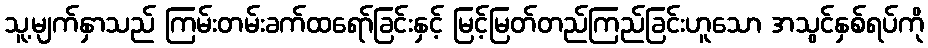
သူ့မျက်နှာသည် ကြမ်းတမ်းခက်ထရော်ခြင်းနှင့် မြင့်မြတ်တည်ကြည်ခြင်းဟူသော အသွင်နှစ်ရပ်ကို